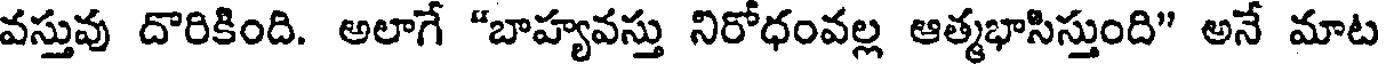
వస్తువు దొరికింది. అలాగే "బాహ్యవస్తు నిరోధంవల్ల ఆత్మభాసిస్తుంది" అనే మాట